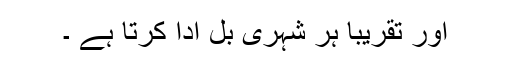
اور تقریباً ہر شہری بل ادا کرتا ہے ۔